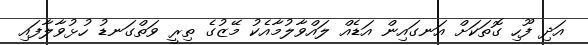
އަދި ފޫހި ގޮތަކަށް އަނގައިން އަޑެއް ލައްވާލުމާއެކު މޭޒުގެ ތިރީ ވަތްގަނޑު ހުޅުވާލާފައި